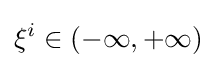
\xi ^{i}\in (-\infty ,+\infty )